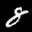
Label: 8